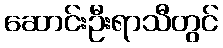
ဆောင်းဦးရာသီတွင်